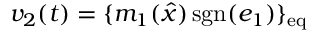
v _ { 2 } ( t ) = \{ m _ { 1 } ( { \hat { x } } ) \operatorname { s g n } ( e _ { 1 } ) \} _ { \mathrm { e q } }